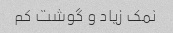
نمک زیاد و گوشت کم